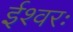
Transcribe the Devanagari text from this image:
ईश्वरः